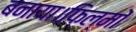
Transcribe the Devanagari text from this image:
बनाया।फ़िल्मों